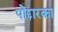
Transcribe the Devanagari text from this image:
पोद्दारका